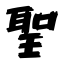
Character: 聖